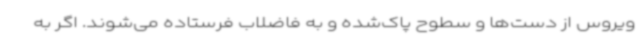
ویروس از دست‌ها و سطوح پاک‌شده و به فاضلاب فرستاده می‌شوند. اگر به‌